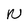
Character: N